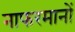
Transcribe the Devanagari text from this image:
नाफरमानों